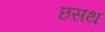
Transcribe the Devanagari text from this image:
छसथ